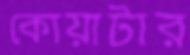
কোয়াটার